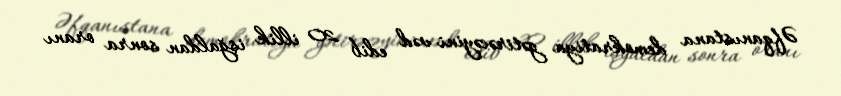
Əfqanıstana demokratiya gətirəcəyini vəd edib 20 illik işğaldan sonra oranı